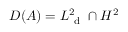
D ( A ) = L _ { \mathrm { ~ d ~ } } ^ { 2 } \cap H ^ { 2 }